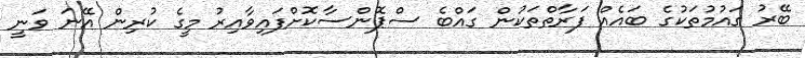
ބޭރު ގައުމުތަކުގެ ބައެއް ފަރާތްތަކުން ގައްބެ ސްޕޮންސާކޮށްފައިވާއިރު މީގެ ކުރިން އޭނަ ވަނީ